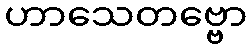
ဟာသေတဗ္ဗော